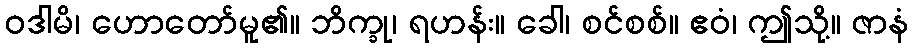
ဝဒါမိ၊ ဟောတော်မူ၏။ ဘိက္ခု၊ ရဟန်း။ ခေါ၊ စင်စစ်။ ဧဝံ၊ ဤသို့။ ဇာနံ